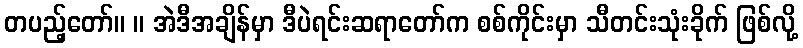
တပည့်တော်။ ။ အဲဒီအချိန်မှာ ဒီပဲရင်းဆရာတော်က စစ်ကိုင်းမှာ သီတင်းသုံးခိုက် ဖြစ်လို့